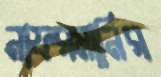
নাফরমানির